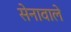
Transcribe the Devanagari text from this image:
सेनावाले